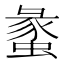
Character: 䗍